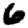
Digit: 6